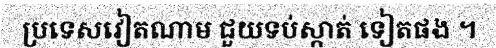
ប្រទេសវៀតណាម ជួយទប់ស្កាត់ ទៀតផង ។